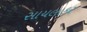
સાયલાકર